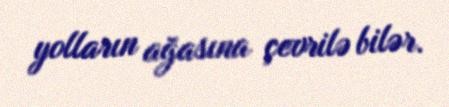
yolların ağasına çevrilə bilər.